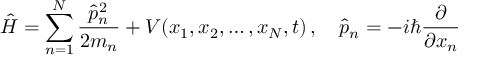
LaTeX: { \hat { H } } = \sum _ { n = 1 } ^ { N } { \frac { { \hat { p } } _ { n } ^ { 2 } } { 2 m _ { n } } } + V ( x _ { 1 } , x _ { 2 } , \ldots , x _ { N } , t ) \, , \quad { \hat { p } } _ { n } = - i \hbar { \frac { \partial } { \partial x _ { n } } }